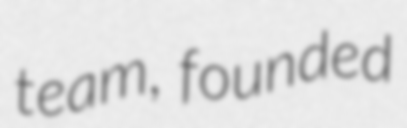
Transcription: team, founded